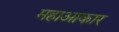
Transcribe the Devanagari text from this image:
महाआकार